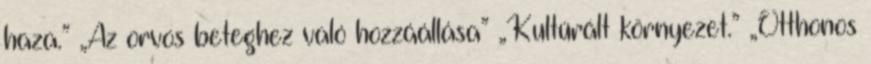
haza.” „Az orvos beteghez való hozzáállása” „Kultúrált környezet.” „Otthonos